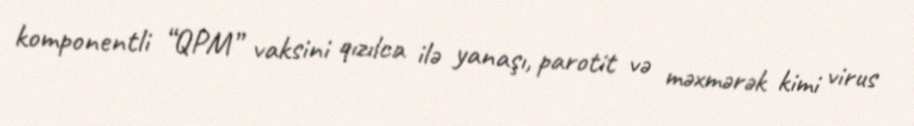
komponentli “QPM” vaksini qızılca ilə yanaşı, parotit və məxmərək kimi virus